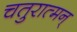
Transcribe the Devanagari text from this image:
चतुरात्मन्